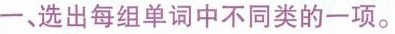
一、选出每组单词中不同类的一项。